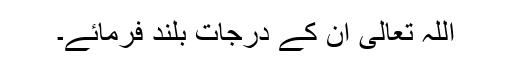
اللہ تعالیٰ ان کے درجات بلند فرمائے۔